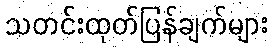
သတင်းထုတ်ပြန်ချက်များ